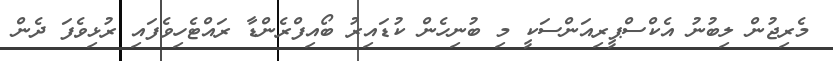
މެރިޖުން ލިބުނު އެކްސްޕީރިއަންސަކީ މި ބުނިހެން ކުޑައިރު ބޯއިފްރެންޑާ ރައްޓެހިވެފައި ރުޅިވެފަ ދެން